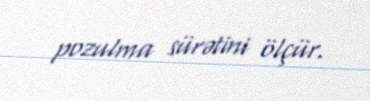
pozulma sürətini ölçür.